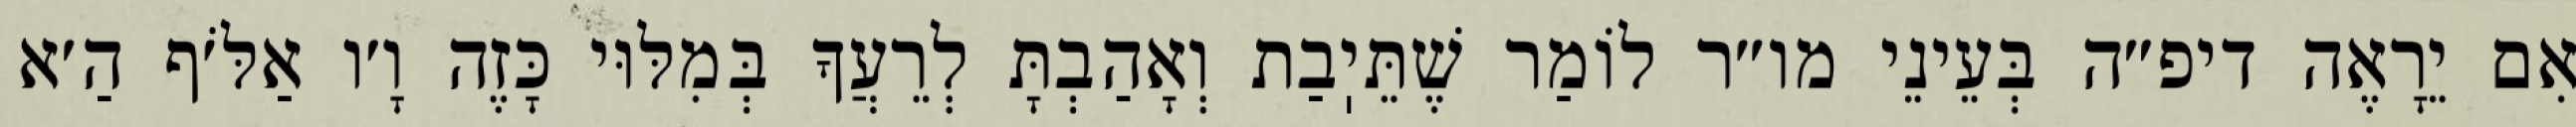
אִם יֵרָאֶה דיפ״ה בְּעֵינֵי מו״ר לוֹמַר שֶׁתֵּיֽבַת וְאָהַבְתָּ לְרֵעֲךָ בְּמִלּוּי כָּזֶה וָ׳ו אַלֹּ׳ף הַ׳א